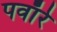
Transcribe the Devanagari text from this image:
पवाँरे